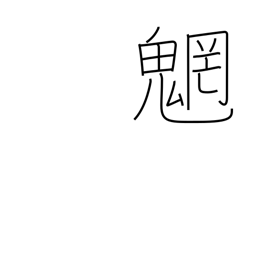
Meaning: spirits of mountains and streams